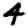
Digit: 4